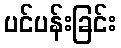
ပင်ပန်းခြင်း